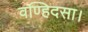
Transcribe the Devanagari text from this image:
वण्हिदसा।